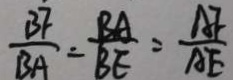
\frac { B F } { B A } = \frac { B A } { B E } = \frac { A F } { A E }